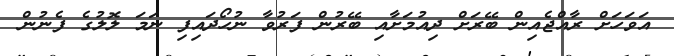
އަވަހަށް ރާއްޖެއިން ބޭރަށް ދިއުމަށާއި ބޭރުން ފަރުވާ ނުހޯދައިފި ނަމަ ލޮލުގެ ފެނުން